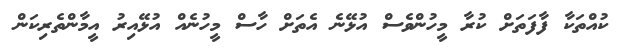
ކުއްތަކާ ފާފަތަށް ކުރާ މީހުންވެސް އުޅޭނެ އެތަށް ހާސް މީހުނެއް އުޅޭއިރު އީމާންތެރިކަން